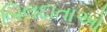
બિલદાતાઓ